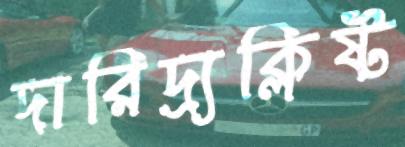
দারিদ্র্যক্লিষ্ট